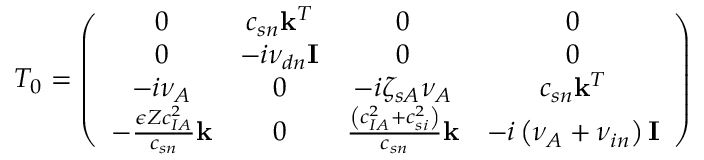
T _ { 0 } = \left( \begin{array} { c c c c } { 0 } & { c _ { { s n } } \mathbf { k } ^ { T } } & { 0 } & { 0 } \\ { 0 } & { - i \nu _ { { d n } } \mathbf { I } } & { 0 } & { 0 } \\ { - i \nu _ { { A } } } & { 0 } & { - i \zeta _ { s A } { \nu _ { A } } } & { c _ { { s n } } \mathbf { k } ^ { T } } \\ { - \frac { \epsilon Z c _ { { I A } } ^ { 2 } } { c _ { { s n } } } \mathbf { k } } & { 0 } & { \frac { \left( c _ { { I A } } ^ { 2 } + c _ { { s i } } ^ { 2 } \right) } { c _ { { s n } } } \mathbf { k } } & { - i \left( { \nu _ { A } } + { \nu _ { i n } } \right) \mathbf { I } } \end{array} \right)